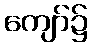
ကျော်၌